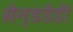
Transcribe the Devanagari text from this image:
ग्रैन्डडैडी